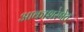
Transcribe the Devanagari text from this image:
आकाशरेषेत